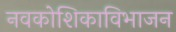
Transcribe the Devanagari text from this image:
नवकोशिकाविभाजन